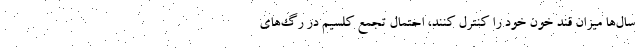
سال‌ها میزان قند خون خود را کنترل کنند، احتمال تجمع کلسیم در رگ‌های